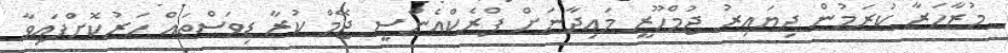
މުޒާހަރާ ކުރަމުން ދިޔައިރު ޖުމްހޫރީ މައިދާނަށް ފްރެކްއެންސީ ޖޭމް ކުރާ ޑިވަސްތައް ހަރުކޮށްފައިވާ